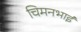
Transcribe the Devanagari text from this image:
चिमनभाई